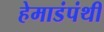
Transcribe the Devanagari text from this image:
हेमाडंपंथी